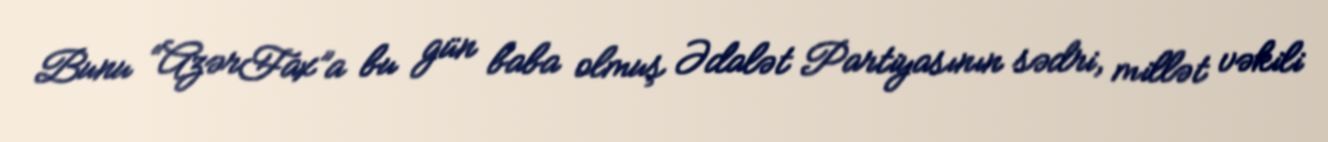
Bunu “AzərFax”a bu gün baba olmuş Ədalət Partiyasının sədri, millət vəkili